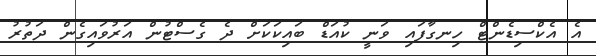
އެ އެކްސިޑެންޓް ހިނގާފައި ވަނީ ކުއަޑް ބައިކަކަށް ދެ ގެސްޓުން އަރުވައިގެން ދަތުރު